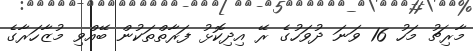
މާރިޗު މަހު 16 ވަނަ ދުވަހުގެ ރޭ އިދިކޮޅު ފަރާތްތަކުން ބޭއްވި މުޒާހަރާގެ